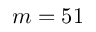
m = 5 1